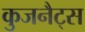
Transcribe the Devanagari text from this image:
कुजनैट्स